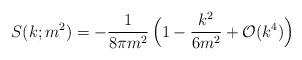
LaTeX: \begin{align*}S(k;m^{2}) = -{1\over 8\pi m^{2}}\,\Bigl( 1-{k^{2}\over6m^{2}}+{\cal O}(k^{4})\Bigr)\end{align*}